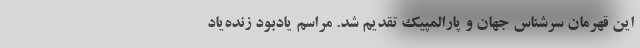
این قهرمان سرشناس جهان و پارالمپیک تقدیم شد. مراسم یادبود زنده‌یاد